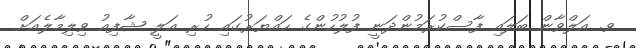
ވ. އަލްވާން ބަލައި ފާސްކުރަމުންދަނީ ފުލުހުންގެ ހައްޔަރުގައި ހުރި އަލީ ޝާފިއު ވިލިމާލެއަށް